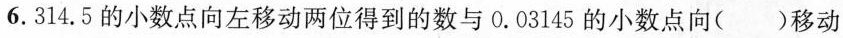
6.314.5的小数点向左移动两位得到的数与0.03145的小数点向( )移动